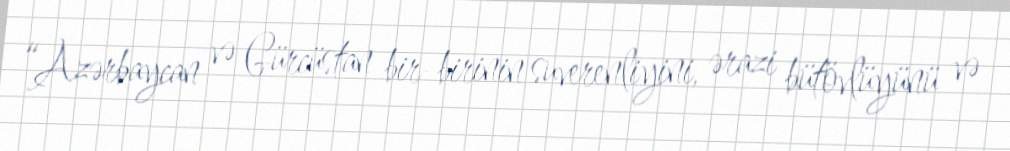
“Azərbaycan və Gürcüstan bir-birinin suverenliyini, ərazi bütövlüyünü və